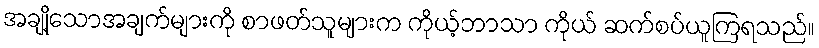
အချို့သောအချက်များကို စာဖတ်သူများက ကိုယ့်ဘာသာ ကိုယ် ဆက်စပ်ယူကြရသည်။